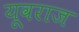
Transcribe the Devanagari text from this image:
यूवराज